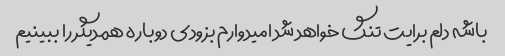
باشه دلم برایت تنگ خواهد شد امیدوارم بزودی دوباره همدیگر را ببینیم